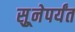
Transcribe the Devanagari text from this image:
सुूनेपर्यंत